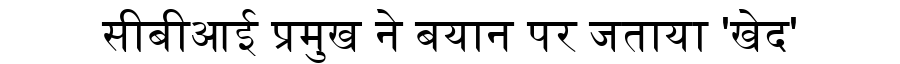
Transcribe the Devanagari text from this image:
सीबीआई प्रमुख ने बयान पर जताया 'खेद'